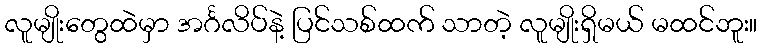
လူမျိုးတွေထဲမှာ အင်္ဂလိပ်နဲ့ ပြင်သစ်ထက် သာတဲ့ လူမျိုးရှိမယ် မထင်ဘူး။